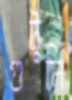
গুটুলি